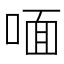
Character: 喕